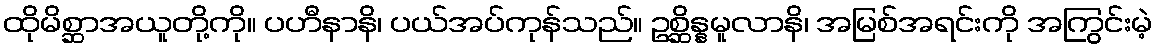
ထိုမိစ္ဆာအယူတို့ကို။ ပဟီနာနိ၊ ပယ်အပ်ကုန်သည်။ ဥစ္ဆိန္နမူလာနိ၊ အမြစ်အရင်းကို အကြွင်းမဲ့